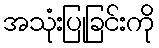
အသုံးပြုခြင်းကို